Civil Veterinary Dept. Assam report 1927-50 - 1927-1950
Year: 1927
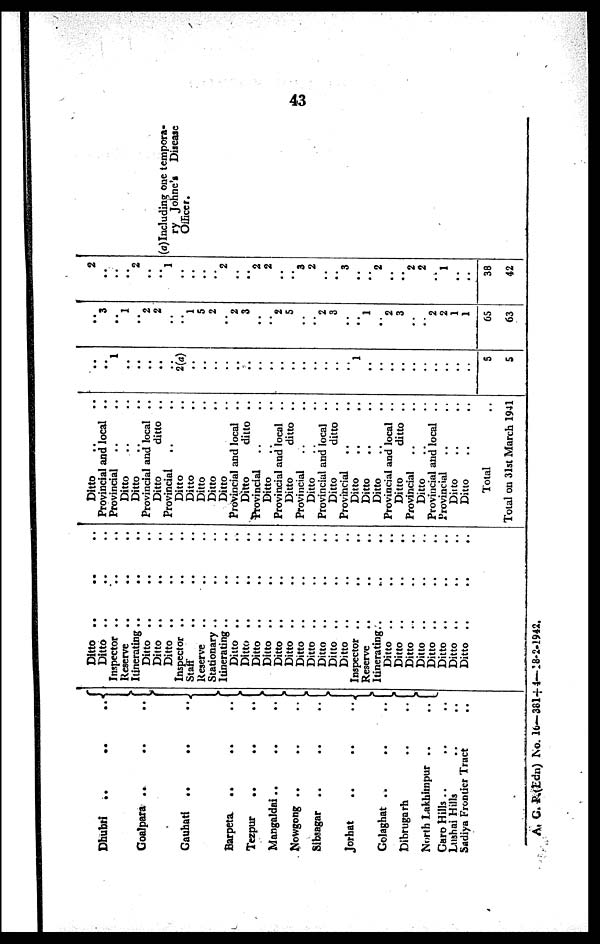
43
Dhubri
..
..
..
Goalpara .. .. ..
Gauhati
.. .. ..
Barpeta
..
.. ..
Tezpur
..
..
..
Mangaldai..
..
.. ..
Nowgong .. .. ..
Sibsagar
.. .. ..
Jorhat
..
..
..
Golaghat .. .. ..
Dibrugarh .. ..
North Lakhimpur .. ..
Garo Hills .. .. ..
Lushai Hills .. ..
Sadiya Frontier Tract ..
Ditto
..
Ditto
..
Inspector ..
Reserve ..
Itinerating ..
Ditto
..
Ditto
..
Ditto ..
Inspector ..
Staff ..
Reserve ..
Stationary ..
Itinerating ..
Ditto
..
Ditto
..
Ditto
..
Ditto
..
Ditto
..
Ditto
..
Ditto
..
Ditto
..
Ditto
..
Ditto
..
Ditto
..
Inspector ..
Reserve
..
Itinerating..
Ditto
..
Ditto
..
Ditto
..
Ditto
..
Ditto
..
Ditto
..
Ditto
..
Ditto
..
..
..
..
..
..
..
..
..
..
..
..
..
..
..
..
..
..
..
..
..
..
..
..
..
..
..
..
..
..
..
..
..
..
..
..
..
..
..
..
..
..
..
..
..
..
..
..
..
..
..
..
..
..
..
..
..
..
..
..
..
..
..
..
..
..
..
..
Ditto .. ..
Provincial and local
..
Provincial .. ..
Ditto .. ..
Ditto .. ..
Provincial and local
..
Ditto
ditto
..
Provincial .. ..
Ditto ..
Ditto ..
Ditto ..
Ditto ..
Ditto ..
Provincial and local ..
Ditto
ditto
..
Provincial .. ..
Ditto .. ..
Provincial and local ..
Ditto
ditto
..
Provincial .. ..
Ditto .. ..
Provincial and local
..
Ditto
ditto
..
Provincial
.. ..
Ditto .. ..
Ditto .. ..
Ditto .. ..
Provincial and local
..
Ditto
ditto
..
Provincial .. ..
Ditto .. ..
Provincial and local
..
Provincial .. ..
Ditto .. ..
Ditto .. ..
Total ..
Total on 31st March 1941
..
..
1
..
..
..
..
..
2(a)
..
..
..
..
..
..
..
..
..
..
..
..
..
..
..
1
..
..
..
..
..
..
..
5
5
..
3
..
1
..
2
2
..
..
1
5
2
..
2 3
..
..
2
5
..
..
2
3
..
..
1
..
2 3
..
..
2 2
1
1
65
63
2
..
..
..
2
..
..
1
..
..
..
..
2
..
..
2
2
..
..
3
2
..
..
3
..
..
2
..
..
2
2
..
1
..
..
38
42
(a) Including one tempora-
ry Johne's
Disease
Officer.
A. C. P.(Edn) No. 16— 381+4—18-2-1942.